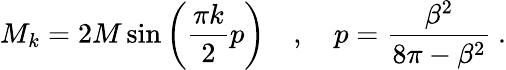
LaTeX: M_{k}=2M\sin\left(\frac{\pi k}{2}p\right)\quad,\quad p=\frac{\beta^{2}}{8\pi-\beta^{2}}\: .